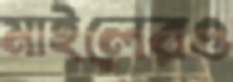
মাইলেরও